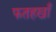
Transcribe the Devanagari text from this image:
फतहखाँ